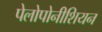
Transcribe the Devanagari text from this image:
पेलोपोनीशियन